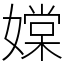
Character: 𡡢